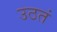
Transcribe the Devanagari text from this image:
उठतं